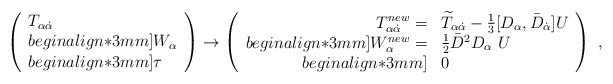
\begin{align*}\left(\begin{array}{l}T_{\alpha{\dot{\alpha}}}\\begin{align*}3mm]W_\alpha\\begin{align*}3mm]\tau\end{array}\right)\to\left(\begin{array}{rl}T^{new}_{\alpha{\dot{\alpha}}} =& {\widetilde T}_{\alpha{\dot{\alpha}}}-\frac{1}{3}[D_\alpha,\bar D_{\dot{\alpha}}]U\\begin{align*}3mm]W^{new}_\alpha =& \frac{1}{2}{\bar D}^2D_\alpha\ U\\begin{align*}3mm]&0\end{array}\right)\ ,\end{align*}